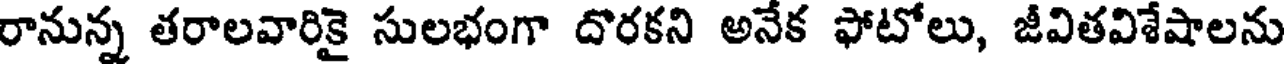
రానున్న తరాలవారికై సులభంగా దొరకని అనేక ఫోటోలు, జీవితవిశేషాలను